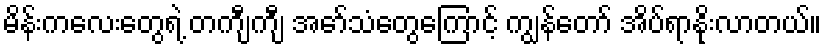
မိန်းကလေးတွေရဲ့ တကျီကျီ အော်သံတွေကြောင့် ကျွန်တော် အိပ်ရာနိုးလာတယ်။